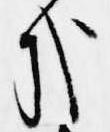
哉